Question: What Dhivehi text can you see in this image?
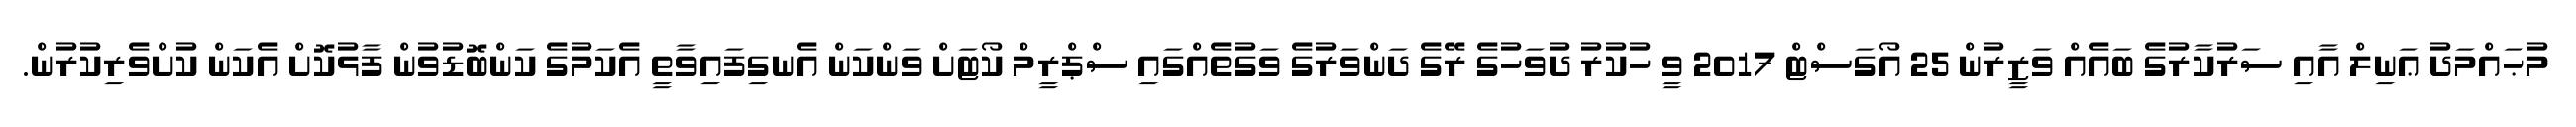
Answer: މުޙައްމަދު ޢަނިލް އާއި ސަރުކާރުގެ ބައެއް ވަޒީރުން 25 އޯގަސްޓް 2017 ވީ ހުކުރު ދުވަހުގެ ރޭގެ ދަންވަރުގެ ވަގުތެއްގައި ސްޕްރީމް ކޯޓަށް ވަންކަން އެނގިފައިވާތީ އެކަމުގެ ކަންބޮޑުވުން ފާޅުކޮށް އެކަން ކުށްވެރިކުރުން.